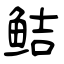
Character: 鲒